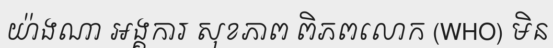
យ៉ាងណា អង្គការ សុខភាព ពិភពលោក (WHO) មិន